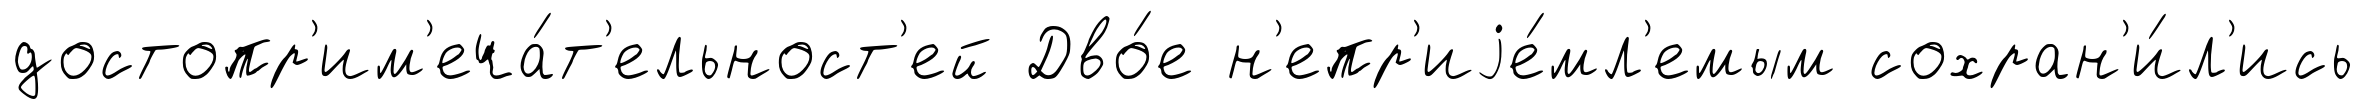
достопр'им'еча́т'ельност'ей Дво́е н'епр'иjе́мл'емым сохран'и́л'ись